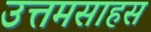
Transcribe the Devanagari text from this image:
उत्तमसाहस